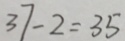
3 7 - 2 = 3 5